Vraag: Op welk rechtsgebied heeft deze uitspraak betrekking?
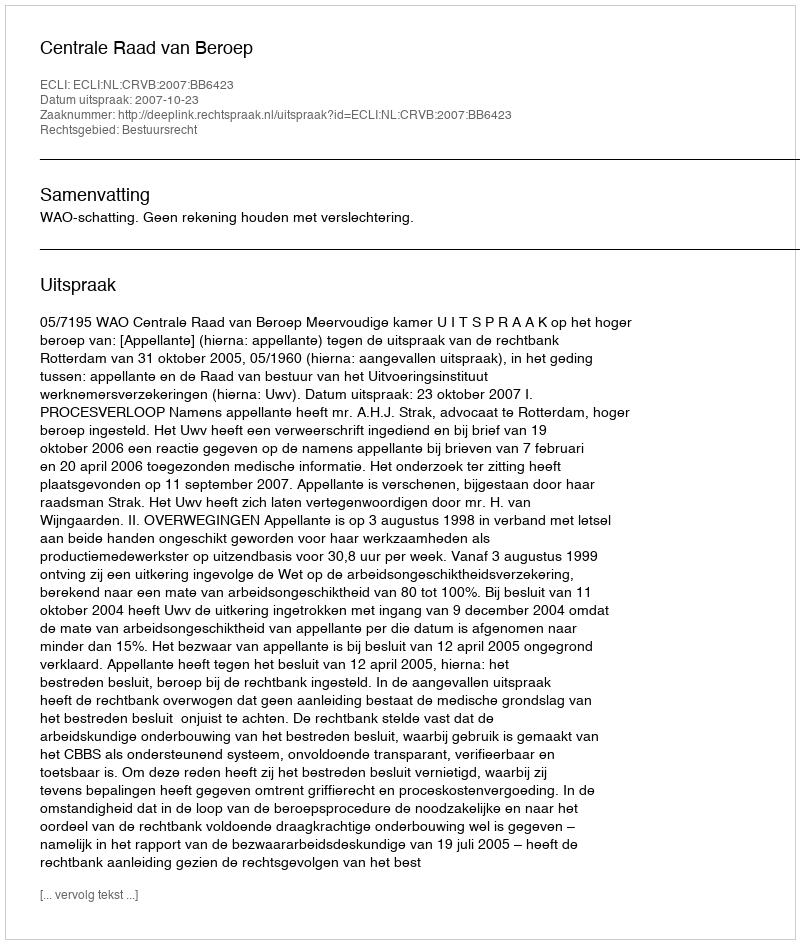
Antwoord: Bestuursrecht